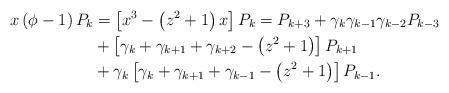
LaTeX: \begin{align*}x\left( \phi-1\right) P_{k} & =\left[ \allowbreak x^{3}-\left(z^{2}+1\right) x\right] P_{k}=P_{k+3}+\gamma_{k}\gamma_{k-1}\gamma_{k-2}P_{k-3}\\& +\left[ \gamma_{k}+\gamma_{k+1}+\gamma_{k+2}-\left( z^{2}+1\right)\right] P_{k+1}\\& +\gamma_{k}\left[ \gamma_{k}+\gamma_{k+1}+\gamma_{k-1}-\left(z^{2}+1\right) \right] P_{k-1}.\end{align*}